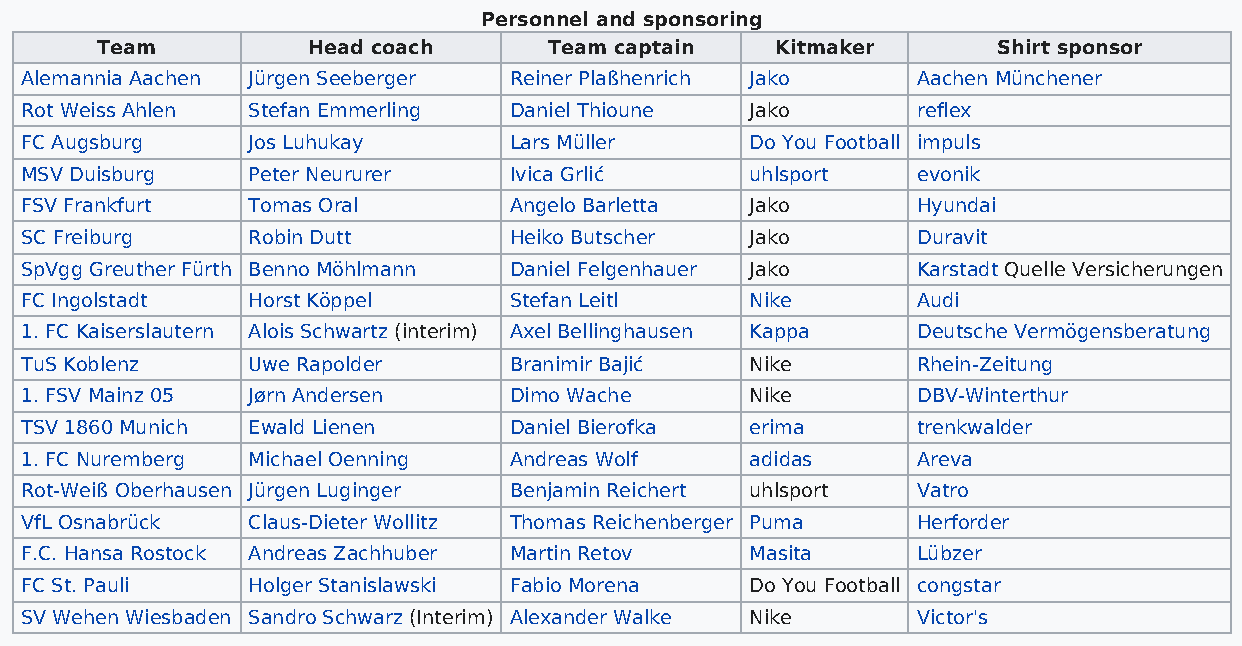
Personnel and sponsoring
 Team          Head coach      Team captain   Kitmaker       Shirt sponsor
 Alemannia Aachen Jürgen Seeberger Reiner Plaßhenrich Jako   Aachen Münchener
 Rot Weiss Ahlen Stefan Emmerling Daniel Thioune  Jako       reflex
 FC Augsburg    Jos Luhukay       Lars Müller     Do You Football impuls
 MSV Duisburg   Peter Neururer    Ivica Grlić     uhlsport   evonik
 FSV Frankfurt  Tomas Oral        Angelo Barletta Jako       Hyundai
 SC Freiburg    Robin Dutt        Heiko Butscher  Jako       Duravit
 SpVgg Greuther Fürth Benno Möhlmann Daniel Felgenhauer Jako Karstadt Quelle Versicherungen
 FC Ingolstadt  Horst Köppel      Stefan Leitl    Nike       Audi
 1. FC Kaiserslautern Alois Schwartz (interim) Axel Bellinghausen Kappa Deutsche Vermögensberatung
 TuS Koblenz    Uwe Rapolder      Branimir Bajić  Nike       Rhein-Zeitung
 1. FSV Mainz 05 Jørn Andersen    Dimo Wache      Nike       DBV-Winterthur
 TSV 1860 Munich Ewald Lienen     Daniel Bierofka erima      trenkwalder
 1. FC Nuremberg Michael Oenning  Andreas Wolf    adidas     Areva
 Rot-Weiß Oberhausen Jürgen Luginger Benjamin Reichert uhlsport Vatro
 VfL Osnabrück  Claus-Dieter Wollitz Thomas Reichenberger Puma Herforder
 F.C. Hansa Rostock Andreas Zachhuber Martin Retov Masita    Lübzer
 FC St. Pauli   Holger Stanislawski Fabio Morena  Do You Football congstar
 SV Wehen Wiesbaden Sandro Schwarz (Interim) Alexander Walke Nike Victor's